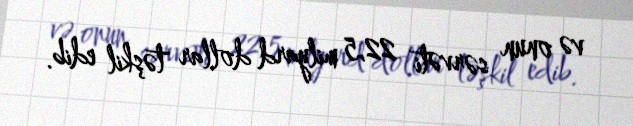
və onun sərvəti 22,5 milyard dollar təşkil edib.